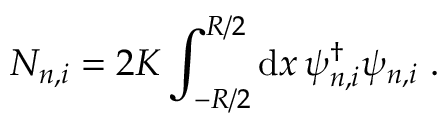
{ \cal N } _ { n , i } = 2 K \int _ { - R / 2 } ^ { R / 2 } \mathrm { d } x \, \psi _ { n , i } ^ { \dagger } \psi _ { n , i } \ .